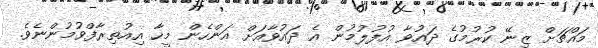
މައްޗަށް ޒިނޭ ކުރުމުގެ ދައުވާ އުފުލުމުން އެ ދައުވާއަށް އަންހެން މީހާ އިއުތިރާފްވުމުންނެވެ.